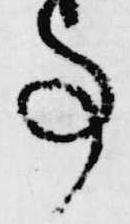
事